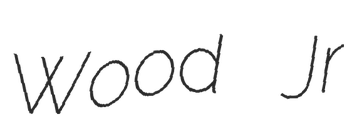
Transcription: Wood Jr